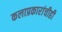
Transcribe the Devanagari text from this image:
कलाप्रकारांचीही